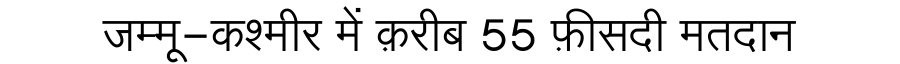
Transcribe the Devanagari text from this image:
जम्मू-कश्मीर में क़रीब 55 फ़ीसदी मतदान